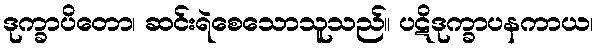
ဒုက္ခာပိတော၊ ဆင်းရဲစေသောသူသည်။ ပဋိဒုက္ခာပနကာယ၊